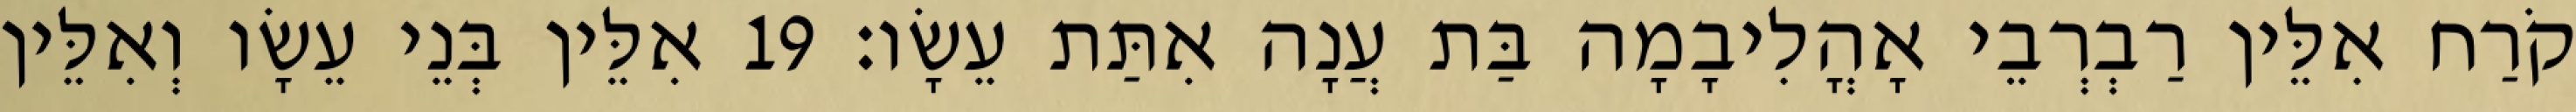
קֹרַח אִלֵּין רַבְרְבֵי אָהֳלִיבָמָה בַּת עֲנָה אִתַּת עֵשָׂו׃ 19 אִלֵּין בְּנֵי עֵשָׂו וְאִלֵּין